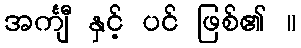
အင်္ကျီ နှင့် ပင် ဖြစ်၏ ။